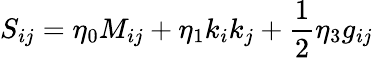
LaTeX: S_{ij}=\eta_{0}M_{ij}+\eta_{1}k_{i}k_{j}+{\frac{1}{2}}\eta_{3}g_{ij}